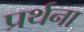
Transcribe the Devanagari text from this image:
प्रर्थना